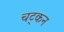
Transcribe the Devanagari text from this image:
चट्कन